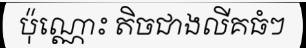
ប៉ុណ្ណោះ តិចជាងលីគធំៗ